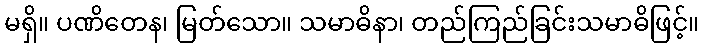
မရှိ။ ပဏိတေန၊ မြတ်သော။ သမာဓိနာ၊ တည်ကြည်ခြင်းသမာဓိဖြင့်။